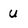
Character: u